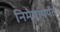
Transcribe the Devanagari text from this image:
निमेषापर्यंत